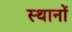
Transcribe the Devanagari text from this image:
स्थानाें